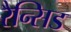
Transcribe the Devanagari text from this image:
रैन्सिड